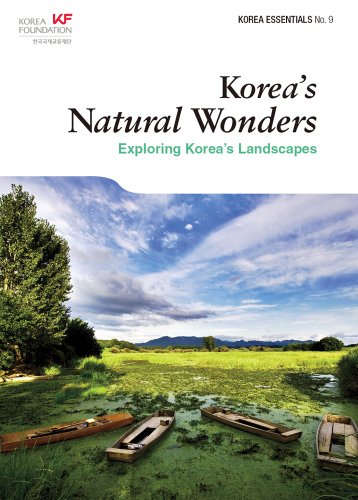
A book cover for Korea's Natural Wonders: Exploring Korea's Landscapes (Korea Essentials); Amber Kim; Travel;